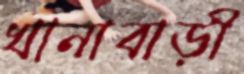
খানাবাড়ী